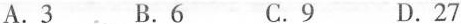
A.3 B.6 C.9 D.27